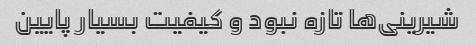
شیرینی‌ها تازه نبود و کیفیت بسیار پایین